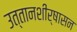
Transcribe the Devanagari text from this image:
उत्तानशीर्षासन